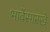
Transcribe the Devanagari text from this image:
भावेंसारखे